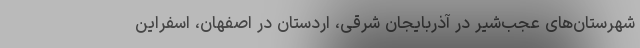
شهرستان‌های عجب‌شیر در آذربایجان شرقی، اردستان در اصفهان، اسفراین